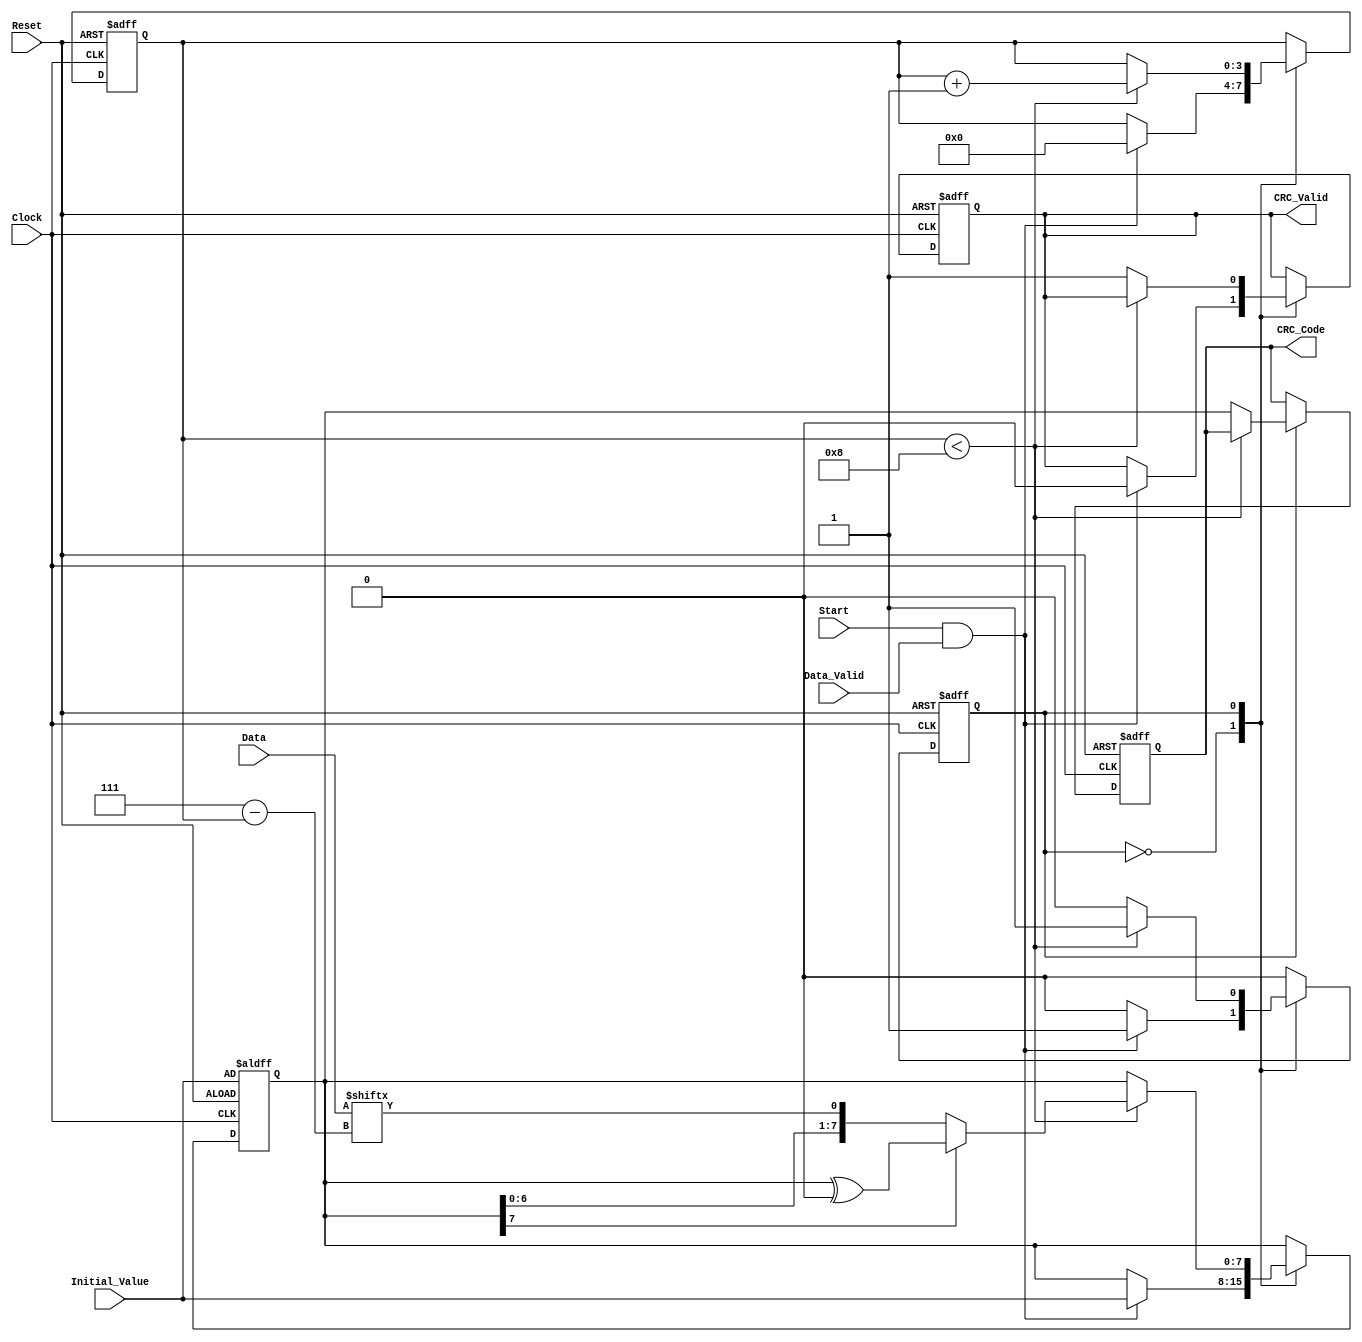
module parameterized_crc #(
    parameter CRC_Width = 8,           // Width of the CRC output
    parameter Polynomial = 8'h07,       // Polynomial coefficients (example: x^8 + x^2 + x + 1)
    parameter Poly_Degree = 8           // Degree of the polynomial
)(
    input  wire [CRC_Width-1:0] Data,     // Input data
    input  wire Data_Valid,                 // Valid data signal
    input  wire [CRC_Width-1:0] Initial_Value, // Initial value for CRC
    input  wire Reset,                      // Reset signal
    input  wire Clock,                      // Clock signal
    input  wire Start,                      // Start signal for CRC calculation
    output reg [CRC_Width-1:0] CRC_Code,  // Computed CRC checksum
    output reg CRC_Valid                   // Valid CRC output signal
);

    // Internal registers
    reg [CRC_Width-1:0] crc_reg;           // CRC shift register
    reg [3:0] bit_count;                    // Count of bits processed
    reg state;                              // State indicator (0: Idle, 1: Processing)

    // State definitions
    localparam IDLE = 1'b0;
    localparam PROCESSING = 1'b1;

    // CRC calculation logic
    always @(posedge Clock or posedge Reset) begin
        if (Reset) begin
            crc_reg <= Initial_Value;        // Reset to initial value
            CRC_Code <= 0;
            CRC_Valid <= 0;
            bit_count <= 0;
            state <= IDLE;
        end else begin
            case (state)
                IDLE: begin
                    if (Start && Data_Valid) begin
                        crc_reg <= Initial_Value; // Set initial CRC value
                        bit_count <= 0;           // Reset bit counter
                        state <= PROCESSING;      // Move to processing state
                        CRC_Valid <= 0;           // Clear valid signal
                    end
                end

                PROCESSING: begin
                    if (bit_count < CRC_Width) begin
                        // Shift in the next bit of data
                        crc_reg <= {crc_reg[CRC_Width-2:0], Data[CRC_Width-1-bit_count]};
                        // Perform polynomial division using XOR
                        if (crc_reg[CRC_Width-1] == 1'b1) begin
                            crc_reg <= crc_reg ^ (Polynomial << (CRC_Width - Poly_Degree - 1));
                        end
                        bit_count <= bit_count + 1; // Increment bit count
                    end else begin
                        CRC_Code <= crc_reg;         // Output the final CRC value
                        CRC_Valid <= 1;              // Indicate CRC is valid
                        state <= IDLE;               // Return to idle state
                    end
                end
            endcase
        end
    end

endmodule